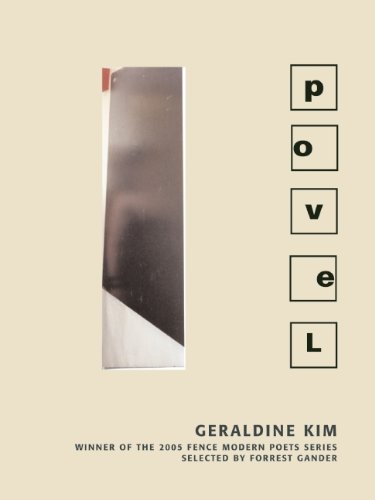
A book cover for Povel; Geraldine Kim; Literature & Fiction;